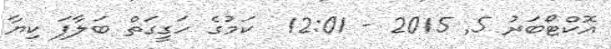
އޮކްޓޯބަރު 5